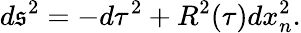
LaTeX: d\mathfrak{s}^{2}=-d\tau^{2}+R^{2}(\tau)dx_{n}^{2}.